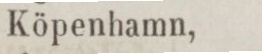
Köpenhamn,